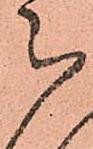
被